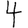
Digit: 4